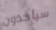
سيأخذون